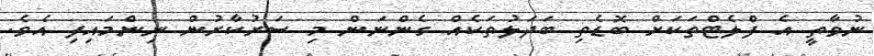
ނުވާތީ އެ ފްލެޓްތަކަށް ބޮޑެތި ބަދަލުތަކެއް ގެންނަން މި ސަރުކާރުން ނިންމައިފި އެވެ.